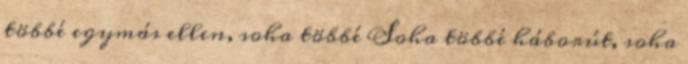
többé egymás ellen, soha többé Soha többé háborút, soha